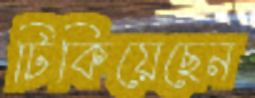
টিকিয়েছেন